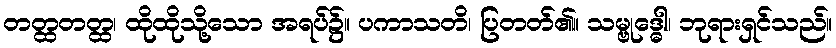
တတ္ထတတ္ထ၊ ထိုထိုသို့သော အရပ်၌။ ပကာသတိ၊ ပြတတ်၏။ သမ္ဗုဒ္ဓေါ၊ ဘုရားရှင်သည်။